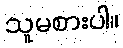
သူမစားပါ။